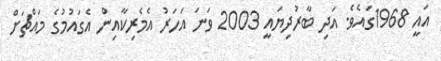
އައީ 1968ގައެވެ. އަދި ބާރުދިޔައީ 2003 ވަނަ އަހަރު އެމެރިކާއިން އެގައުމުގެ މައްޗަށް